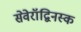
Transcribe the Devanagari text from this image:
सेवेरॉद्विनस्क